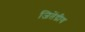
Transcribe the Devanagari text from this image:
जितेंद्रीय